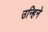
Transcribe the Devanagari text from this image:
उन्हिने